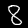
Label: 8